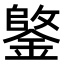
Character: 𫒺